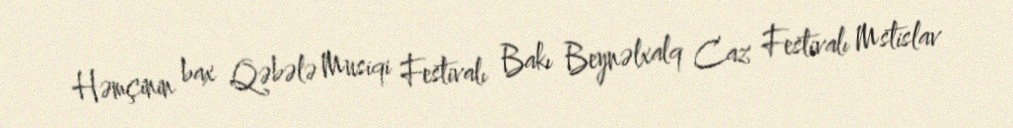
Həmçinin bax Qəbələ Musiqi Festivalı Bakı Beynəlxalq Caz Festivalı Mstislav